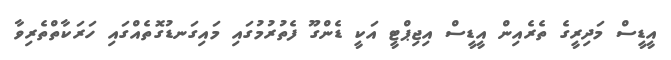
އީޑީސް މަދިރީގެ ތެރެއިން އީޑީސް އިޖިޕްޓީ އަކީ ޑެންގޫ ފެތުރުމުގައި މައިގަނޑުގޮތެއްގައި ހަރަކާތްތެރިވާ